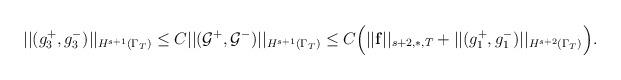
LaTeX: \begin{align*}||(g^{+}_3,g^{-}_3) ||_{H^{s+1}(\Gamma_T)}\leq C||(\mathcal{G}^{+},\mathcal{G}^{-}) ||_{H^{s+1}(\Gamma_T)}\leq C\Big(||\mathbf{f}||_{s+2,\ast,T}+||(g^{+}_1, g^{-}_1) ||_{H^{s+2}(\Gamma_T)}\Big).\end{align*}